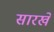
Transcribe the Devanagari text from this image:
सारखें